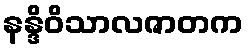
နန္ဒိဝိသာလဇာတက